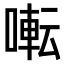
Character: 𫝚